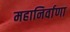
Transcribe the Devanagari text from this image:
महानिर्वाणा